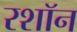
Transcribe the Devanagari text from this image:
रशॉन